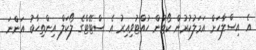
އެ އިސްލާހަށް އަމަލުކުރުން ކޯޓުން ހުއްޓުވިއިރު އެ ސްޓޭޓްގެ ލޯކަލް އިންތިޚާބު އަންނަ